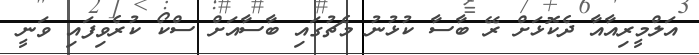
އަލްމީރިއާއާ ދެކޮޅަށް ރޭ ބާސާ ކުޅުނު މެޗުގައި ބާސާއަށް ސްކޯ ކުރެވިފައި ވަނީ